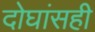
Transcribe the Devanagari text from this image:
दोघांसही